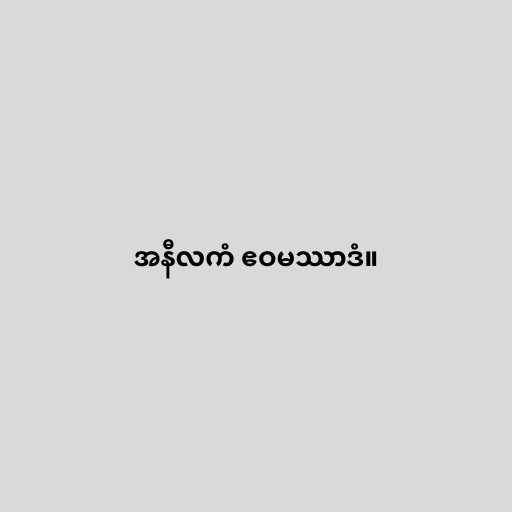
အနီလကံ ဧဝမဿာဒံ။